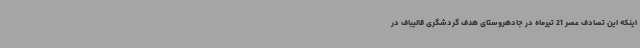
اینکه این تصادف عصر 21 تیرماه در جادهروستای هدف گردشگری قالیباف در